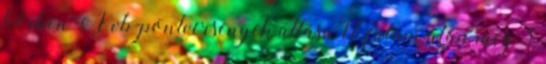
körben A vb-pontversenyek állása 17 futam után még 3